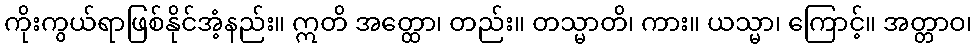
ကိုးကွယ်ရာဖြစ်နိုင်အံ့နည်း။ ဣတိ အတ္ထော၊ တည်း။ တသ္မာတိ၊ ကား။ ယသ္မာ၊ ကြောင့်။ အတ္တာဝ၊